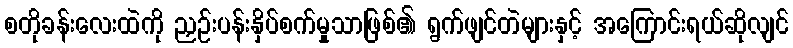
စတိုခန်းလေးထဲကို ညှဉ်းပန်းနှိပ်စက်မှုသာဖြစ်၏ ရွက်ဖျင်တဲများနှင့် အကြောင်းရယ်ဆိုလျင်